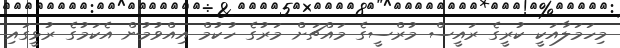
މިހަމަލާއަކީ ކުރީގެ ރައީސް މުރްސީގެ މައްޗަށް މަރުގެ ހުކުމް އިއްވުމުން އެކަމުގެ ރުޅީގައި